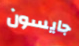
جايسون